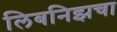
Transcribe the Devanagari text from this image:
लिबनिझचा